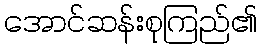
အောင်ဆန်းစုကြည်၏